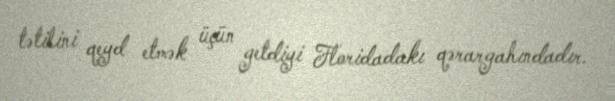
tətilini qeyd etmək üçün getdiyi Floridadakı qərargahındadır.